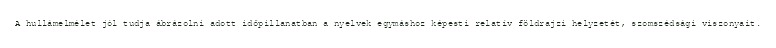
A hullámelmélet jól tudja ábrázolni adott időpillanatban a nyelvek egymáshoz képesti relatív földrajzi helyzetét, szomszédsági viszonyait.